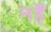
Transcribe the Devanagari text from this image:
नहै